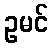
ဥမင်